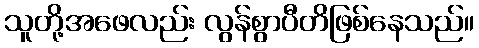
သူတို့အဖေလည်း လွန်စွာပီတိဖြစ်နေသည်။